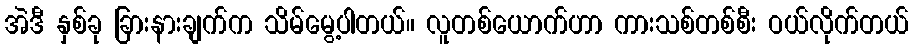
အဲဒီ နှစ်ခု ခြားနားချက်က သိမ်မွေ့ပါတယ်။ လူတစ်ယောက်ဟာ ကားသစ်တစ်စီး ဝယ်လိုက်တယ်